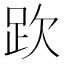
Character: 𧿞